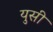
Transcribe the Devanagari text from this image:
युसी